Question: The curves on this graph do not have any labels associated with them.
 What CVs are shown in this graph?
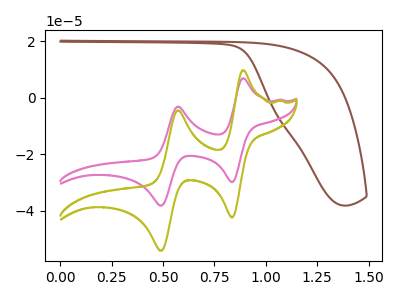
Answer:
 <answer>The brown curve does not have a label. The pink curve does not have a label. The olive curve does not have a label.</answer>
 <eval></eval>